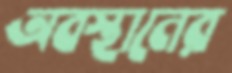
অবস্থানের